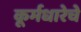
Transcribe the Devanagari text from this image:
कूर्मधारेचे